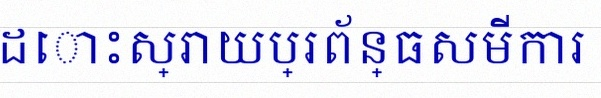
ដោះស្រាយប្រព័ន្ធសមីការ